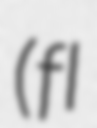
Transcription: (fl